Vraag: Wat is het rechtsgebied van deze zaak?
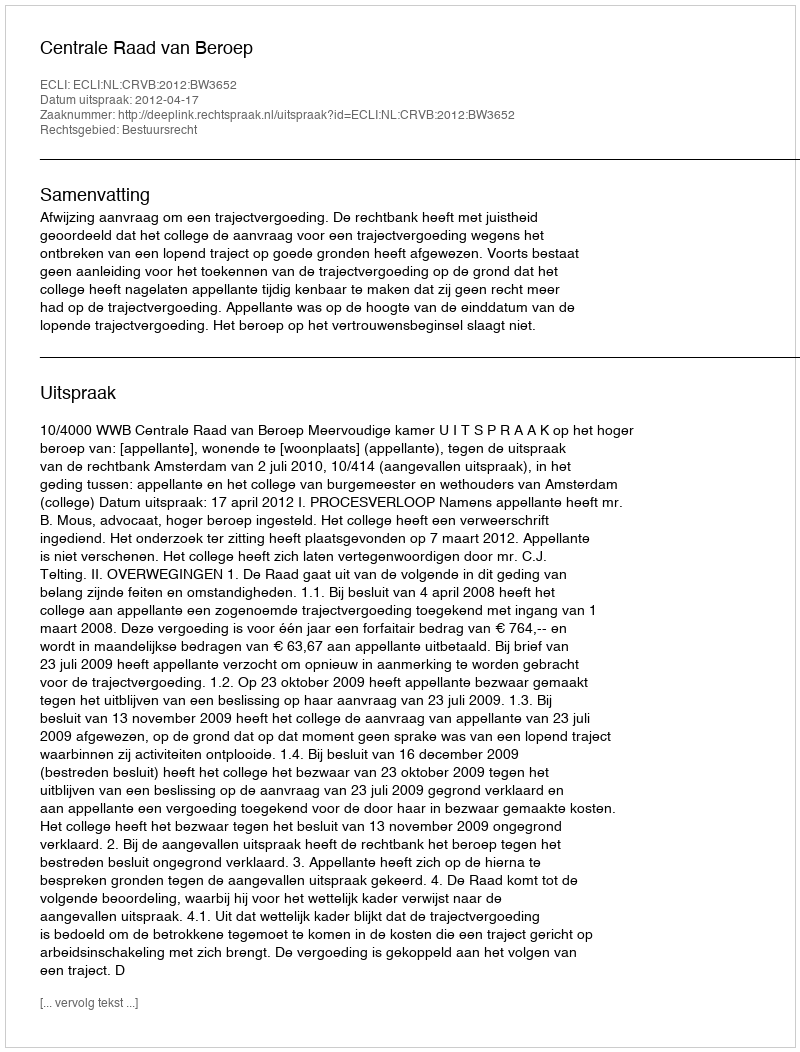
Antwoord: Bestuursrecht